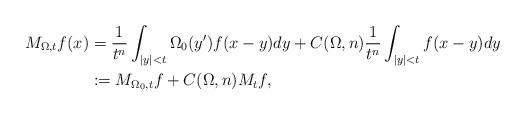
LaTeX: \begin{align*}M_{\Omega,t}f(x)&=\frac1{t^n}\int_{|y|<t}\Omega_0(y')f(x-y)dy+C(\Omega,n)\frac1{t^n}\int_{|y|<t}f(x-y)dy\\&:=M_{\Omega_0,t}f+C(\Omega,n)M_tf,\end{align*}